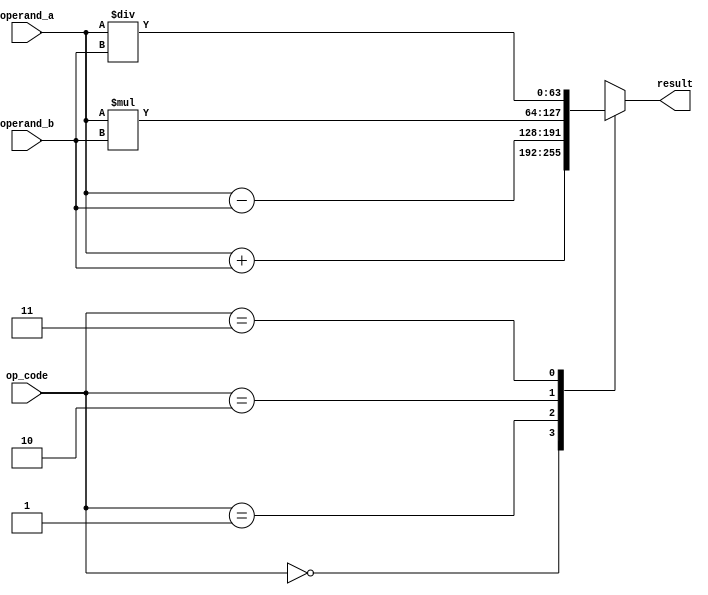
module triple_precision_fpu (
    input wire [63:0] operand_a,
    input wire [63:0] operand_b,
    input wire [2:0] op_code, // 0: addition, 1: subtraction, 2: multiplication, 3: division
    output reg [63:0] result
);

// Arithmetic operations module
// Define modules for addition, subtraction, multiplication, and division operations here

// Logic for detecting NaN and infinities
// Handle special cases such as NaNs and infinities here

// Perform arithmetic operations based on the op_code
always @* begin
    case (op_code)
        3'b000: result = operand_a + operand_b; // Addition
        3'b001: result = operand_a - operand_b; // Subtraction
        3'b010: result = operand_a * operand_b; // Multiplication
        3'b011: result = operand_a / operand_b; // Division
        default: result = 64'hx; // Invalid op_code, result is undefined
    endcase
end

endmodule